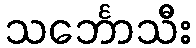
သင်္ဘောသီး